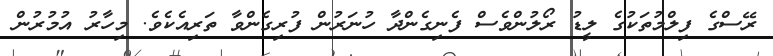
ރޭސްގެ ފިލްމުތަކުގެ ލީޑު ރޯލުންވެސް ފެނިގެންދާ ހުނަރުން ފުރިގެންވާ ތަރިއެކެވެ. މިހާރު އުމުރުން